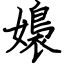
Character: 嬝